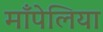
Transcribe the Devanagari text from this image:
माँपेलिया